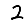
Digit: 2